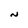
Character: N